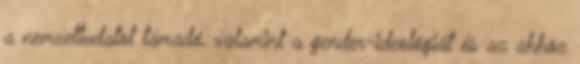
a nemzettudatot támadó, valamint a gender-ideológiát és az ahhoz